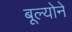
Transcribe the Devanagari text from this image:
बूल्योने